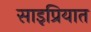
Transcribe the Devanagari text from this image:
साइप्रियात